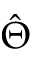
\hat { \Theta }